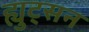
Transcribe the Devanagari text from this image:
ह्युट्सन